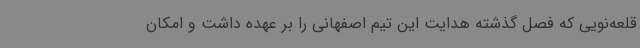
قلعه‌نویی که فصل گذشته هدایت این تیم اصفهانی را بر عهده داشت و امکان